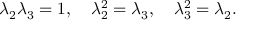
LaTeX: \lambda _ { 2 } \lambda _ { 3 } = 1 , \quad \lambda _ { 2 } ^ { 2 } = \lambda _ { 3 } , \quad \lambda _ { 3 } ^ { 2 } = \lambda _ { 2 } .